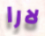
لارا